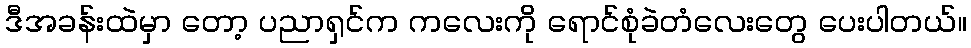
ဒီအခန်းထဲမှာ တော့ ပညာရှင်က ကလေးကို ရောင်စုံခဲတံလေးတွေ ပေးပါတယ်။